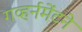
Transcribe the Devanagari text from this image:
गव्हर्नमेंटने